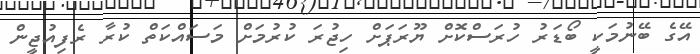
އޭގެ ބޭނުމަކީ ބޯޑަރު ހުރަސްކޮށް ޔޫރަޕަށް ހިޖުރަ ކުރުމަށް މަސައްކަތް ކުރާ ރެފިއުޖީން